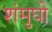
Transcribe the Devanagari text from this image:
शंमुघी